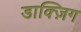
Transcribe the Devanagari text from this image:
डाक्ज़िग